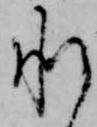
承